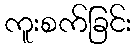
ကူးစက်ခြင်း